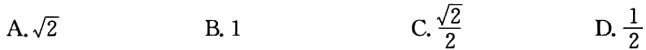
A.$\sqrt{2}$  B. $1$  C. $\frac{\sqrt{2}}{2}$  D. $\frac{1}{2}$